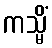
ကသ္မိံ